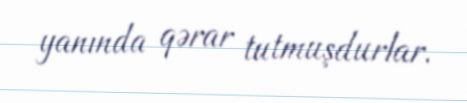
yanında qərar tutmuşdurlar.